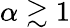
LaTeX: \alpha\gtrsim 1